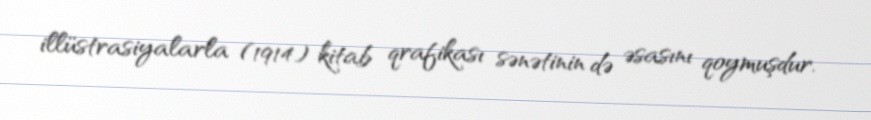
illüstrasiyalarla (1914) kitab qrafikası sənətinin də əsasını qoymuşdur.